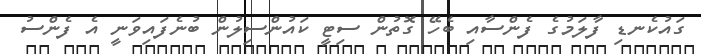
ގައުކެނޑި ފާލަމުގެ ފެންސާއި ބެހޭ ގޮތުން ސިޓީ ކައުންސިލުން ބުނެފައިވަނީ އެ ފެންސު